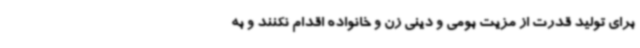
برای تولید قدرت از مزیت بومی و دینی زن و خانواده اقدام نکنند و به